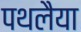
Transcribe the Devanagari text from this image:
पथलैया